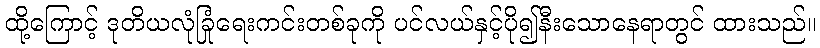
ထို့ကြောင့် ဒုတိယလုံခြုံရေးကင်းတစ်ခုကို ပင်လယ်နှင့်ပို၍နီးသောနေရာတွင် ထားသည်။